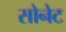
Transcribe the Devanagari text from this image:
सोनेट